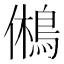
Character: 鵂